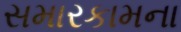
સમારકામના